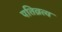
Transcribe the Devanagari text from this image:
पतिव्रत्य